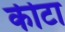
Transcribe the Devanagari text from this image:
कीटा